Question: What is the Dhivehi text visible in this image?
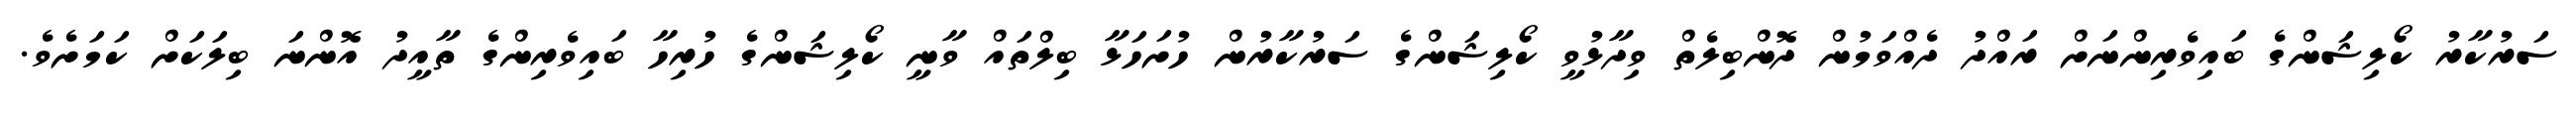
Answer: ސަރުކާރު ކޯލިޝަންގެ ބައިވެރިންނަށް ރައްދު ދެއްވަމުން ދޮންބިލެތް ވިދާޅުވީ ކޯލިޝަންގެ ސަރުކާރުން ހުށަހަޅާ ބިލްތައް ވާނީ ކޯލިޝަންގެ ހުރިހާ ބައިވެރިންގެ ތާއީދު އޮންނަ ބިލަކަށް ކަމަށެވެ.